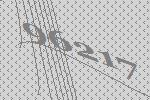
96217